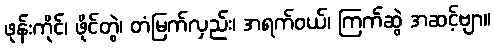
ဖုန်းကိုင်၊ ဖိုင်တွဲ၊ တံမြက်လှည်း၊ အရက်ဝယ်၊ ကြက်ဆွဲ အဆင့်ဗျာ။